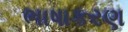
ભાષાકરણ